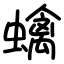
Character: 蠄